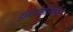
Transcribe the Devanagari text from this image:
होमोसीडीस्तिसिटी